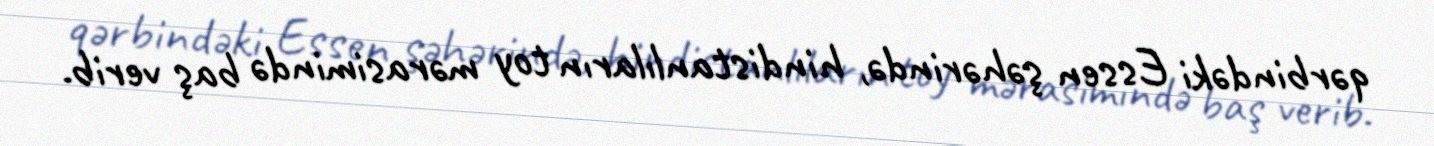
qərbindəki Essen şəhərində, hindistanlıların toy mərasimində baş verib.